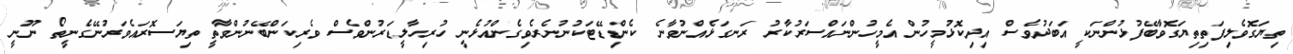
ތިޔަގޮވެލިފަތިތިޔަގޮވާބޭފުޅުންނަކީ އަބަދުވެސް އިދިކޮޅުމީހުން އެމީހުންނައްސަރުކާރު ރަނގަޅެއްނުވާނެ ކެންޑިޑޭޓަކުނުނެރެވިގެންއުޅެނީ ހުރިހާލީޑަރުންވެސް ވެރިކަންބޭނުންވާތީ ތިޔަސޮރައެވަރުނޭގެނީތޯ ނޫނީ